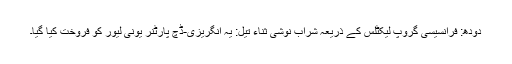
دودھ: فرانسیسی گروپ لیکٹلس کے ذریعہ شراب نوشی ثناء تیل: یہ انگریزی-ڈچ پارٹنر یونی لیور کو فروخت کیا گیا۔